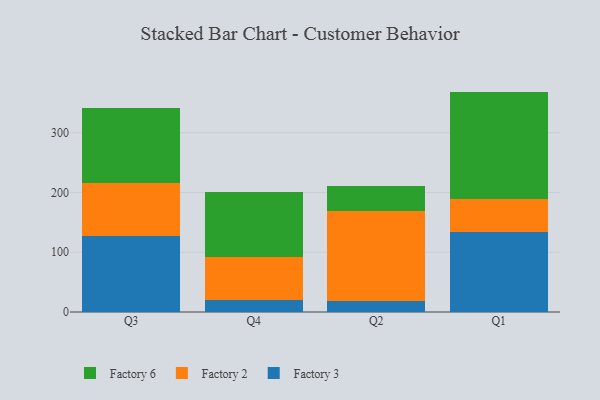
{"axis": {"x": "Quarter", "y": "Active Users"}, "legend": ["Factory 2", "Factory 3", "Factory 6"], "data": [{"x": "Q3", "y": 127.2, "type": "Factory 3"}, {"x": "Q3", "y": 88.5, "type": "Factory 2"}, {"x": "Q3", "y": 126.5, "type": "Factory 6"}, {"x": "Q4", "y": 20.9, "type": "Factory 3"}, {"x": "Q4", "y": 71.0, "type": "Factory 2"}, {"x": "Q4", "y": 109.4, "type": "Factory 6"}, {"x": "Q2", "y": 19.1, "type": "Factory 3"}, {"x": "Q2", "y": 150.7, "type": "Factory 2"}, {"x": "Q2", "y": 40.8, "type": "Factory 6"}, {"x": "Q1", "y": 134.3, "type": "Factory 3"}, {"x": "Q1", "y": 55.2, "type": "Factory 2"}, {"x": "Q1", "y": 179.4, "type": "Factory 6"}]}